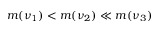
m ( \nu _ { 1 } ) < m ( \nu _ { 2 } ) \ll m ( \nu _ { 3 } )